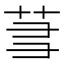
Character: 𬜮